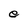
Character: e